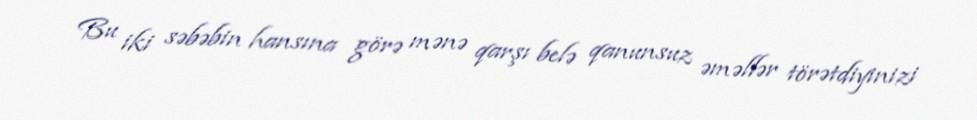
Bu iki səbəbin hansına görə mənə qarşı belə qanunsuz əməllər törətdiyinizi